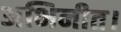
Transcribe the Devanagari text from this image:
अभिनीत।